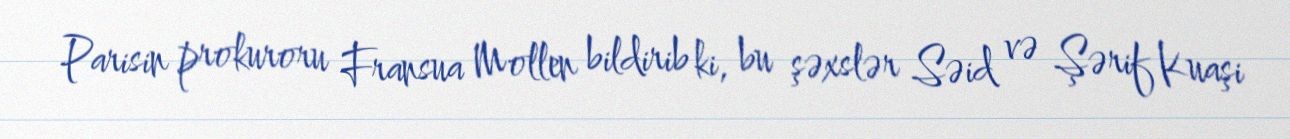
Parisin prokuroru Fransua Mollen bildirib ki, bu şəxslər Səid və Şərif Kuaşi